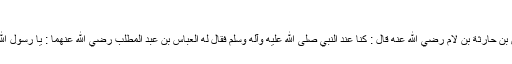
‘‘
26. عَنْ خُرَيْمِ بْنِ أَوْسِ بْنِ حَارِثَةَ بْنِ لَامٍ رضي الله عنه قَالَ : کُنَّا عِنْدَ النَّبِيِّ صلی الله عليه وآله وسلم فَقَالَ لَهُ الْعَبَّاسُ بْنُ عَبْدِ الْمُطَّلِبِ رضي الله عنهما : يَا رَسُوْلَ اللهِ، إِنِّي أُرِيْدُ أَنْ أَمْدَحَکَ؟